Newspaper: St. Paul daily globe. [volume]
Place of publication: Saint Paul, Minn.
Publisher: St. Paul Globe Print. Co.
Date: 1890-09-07 00:00:00
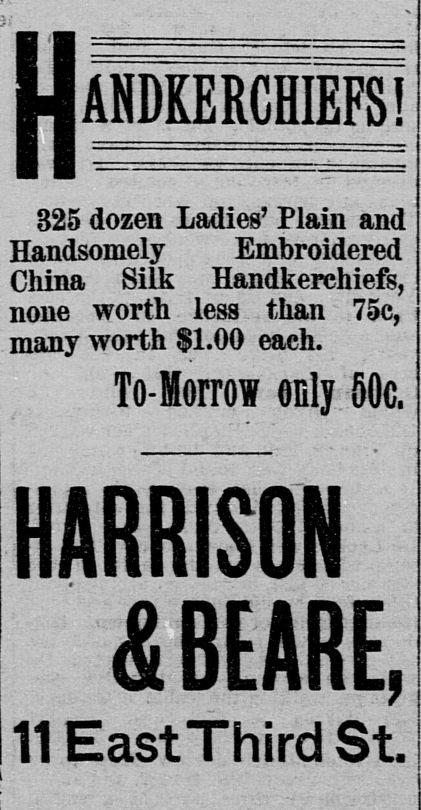
Advertisement text (OCR):
Uandkerchils! 325 dozen Ladies' Plain and Handsomely Embroidered China Silk Handkerchiefs, none worth less than 75c, many worth $1.00 each. To-Morrow only 50c. HARRISON & BEARE, 11 East Third St.
Label: text-only